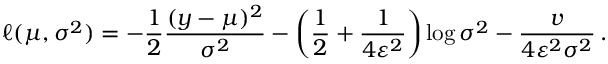
\ell ( \mu , \sigma ^ { 2 } ) = - \frac { 1 } { 2 } \frac { ( y - \mu ) ^ { 2 } } { \sigma ^ { 2 } } - \left( \frac { 1 } { 2 } + \frac { 1 } { 4 \varepsilon ^ { 2 } } \right) \log { \sigma ^ { 2 } } - \frac { v } { 4 \varepsilon ^ { 2 } \sigma ^ { 2 } } \, .